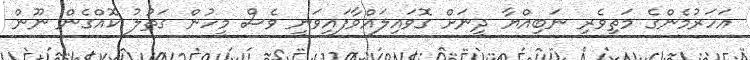
އަހަރުމެންގެ މަތިވެރި ނަބިއްޔާ ދީނަށް ގޮވައިލައްވާފައިވަނީ ވެސް މީހުން ގަތުލު ކޮއްގެން ނޫން